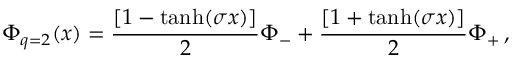
\Phi _ { q = 2 } ( x ) = { \frac { [ 1 - \operatorname { t a n h } ( \sigma x ) ] } { 2 } } \Phi _ { - } + { \frac { [ 1 + \operatorname { t a n h } ( \sigma x ) ] } { 2 } } \Phi _ { + } \, ,